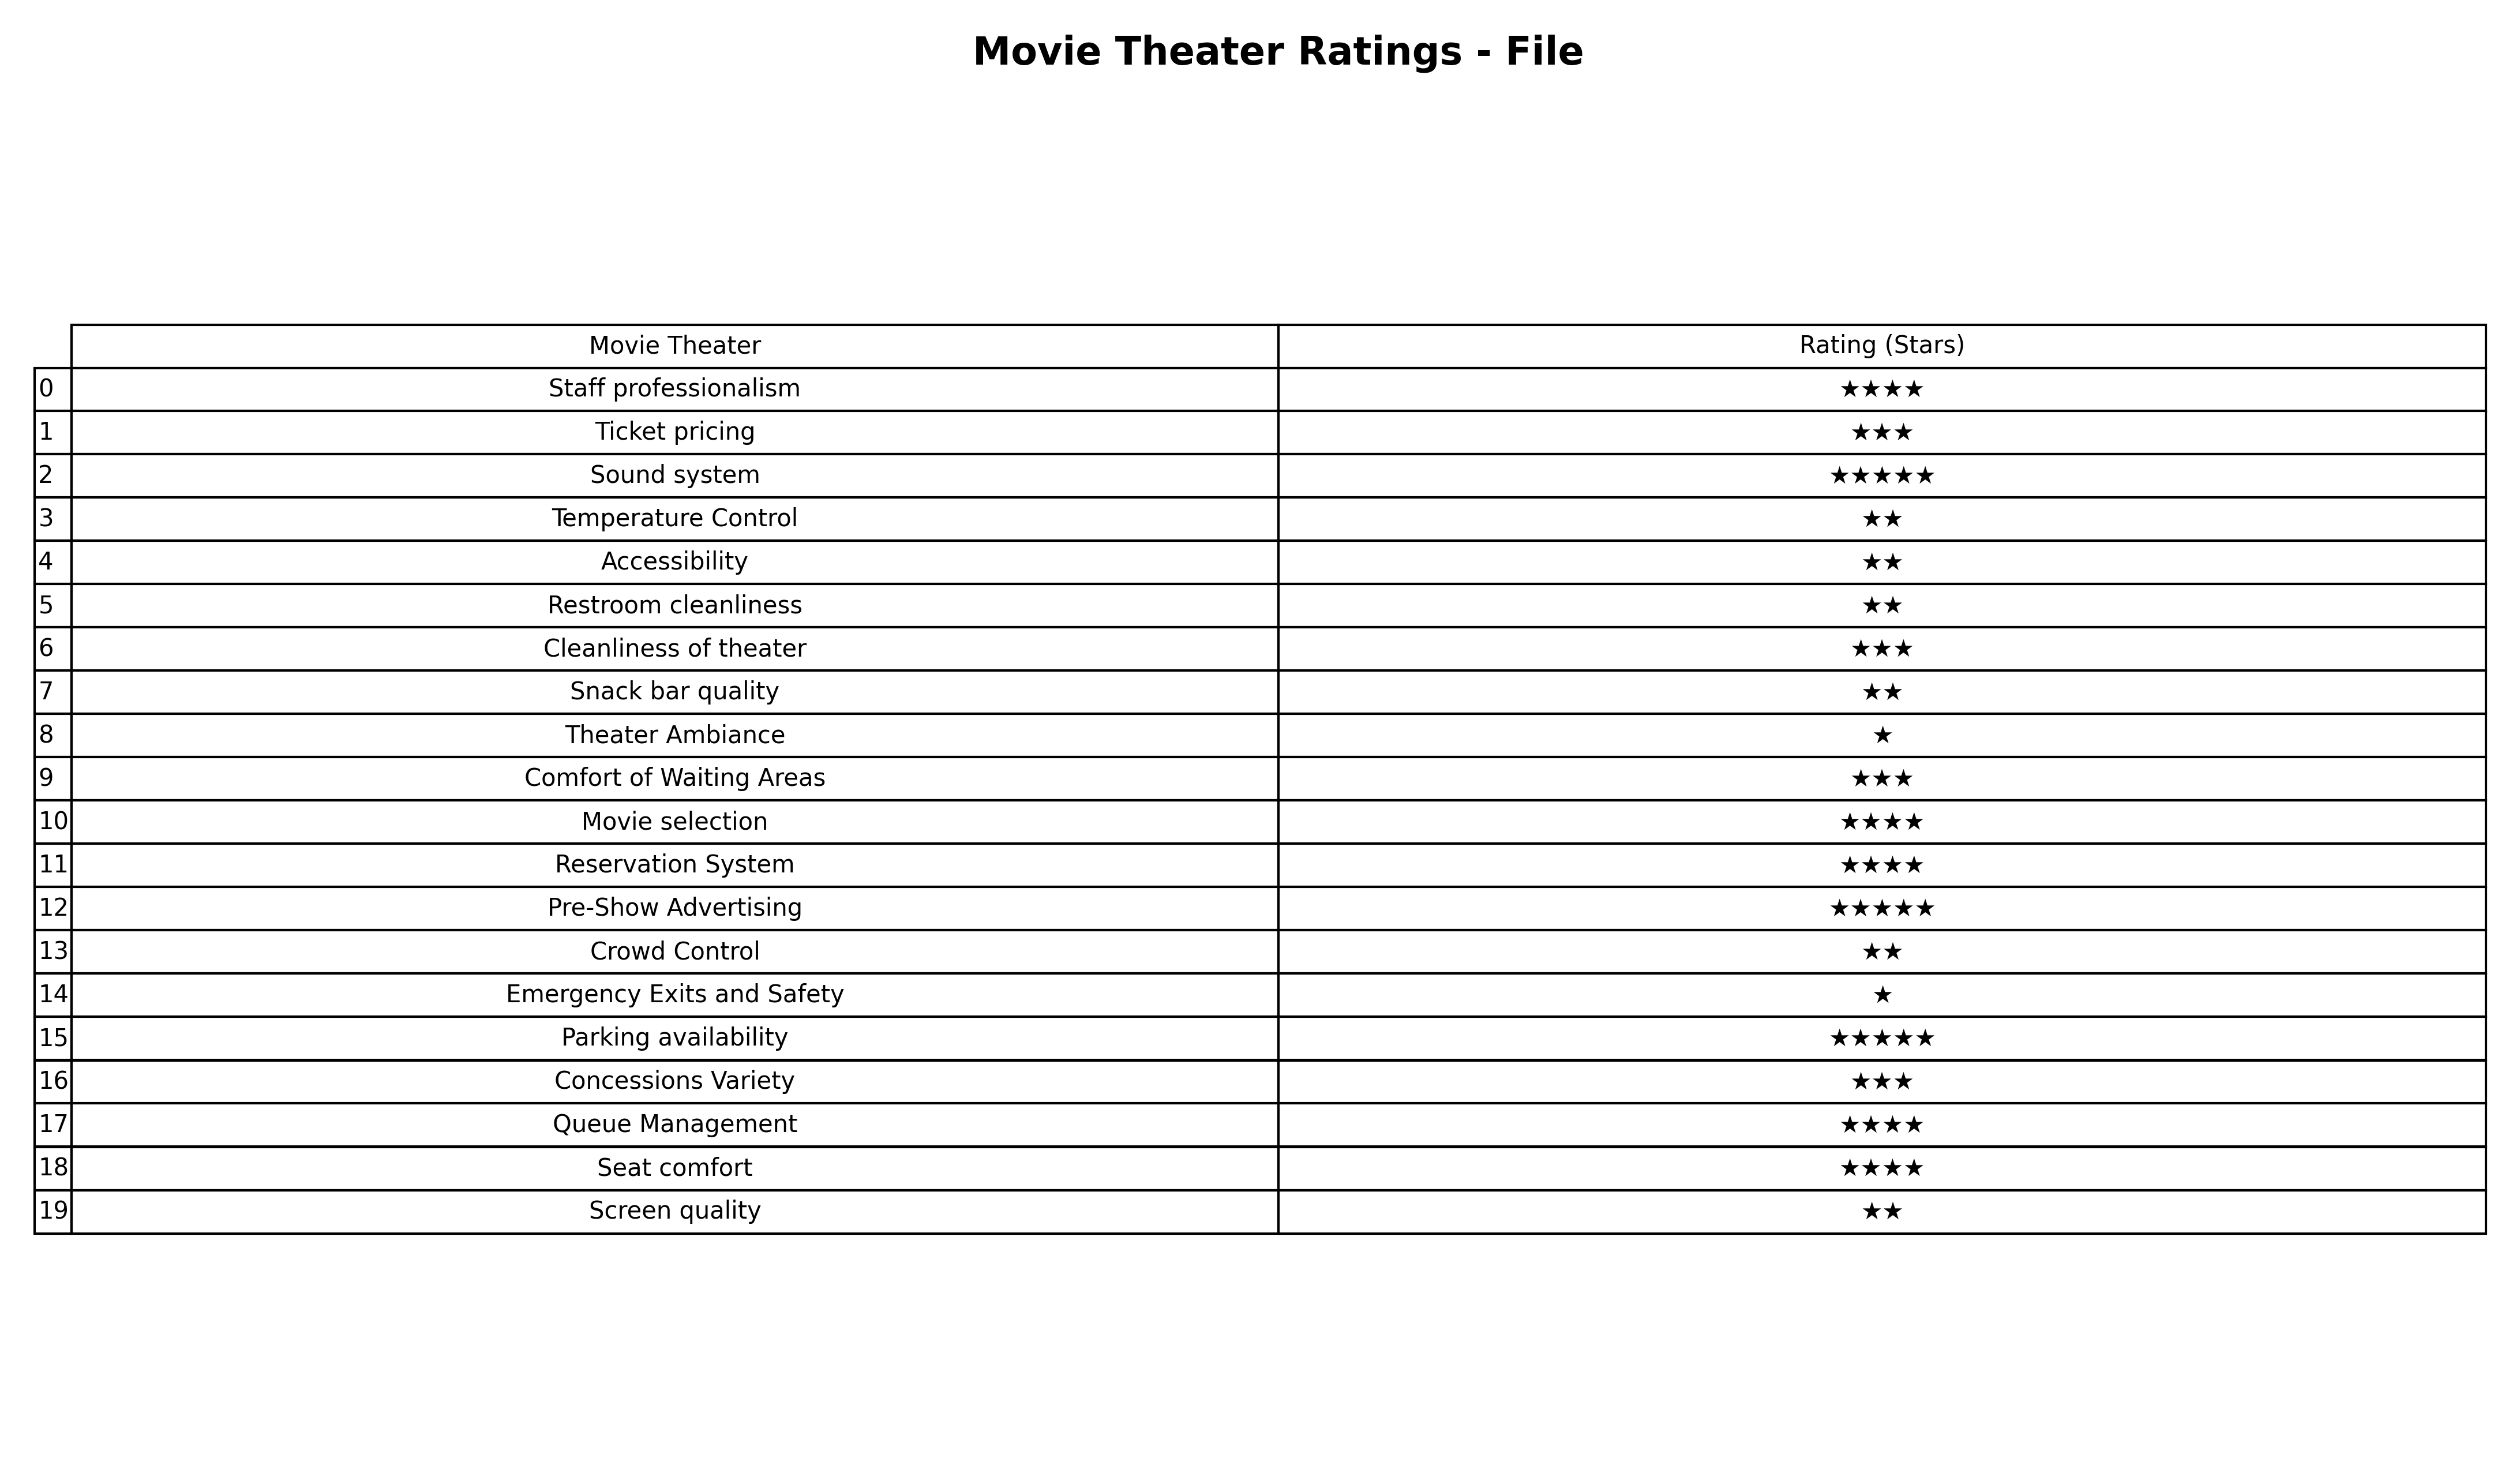
question: What is the rating of Screen quality?
answer: ★★